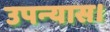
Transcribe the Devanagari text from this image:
उपन्‍यास।